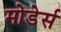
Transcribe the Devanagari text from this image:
मोडेर्स